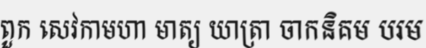
ពួក សេវកាមហា មាត្យ យាត្រា ចាកនិគម បរម